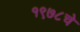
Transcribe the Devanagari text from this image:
१९७८चे